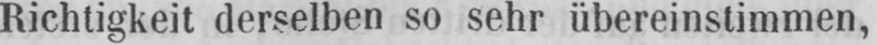
Richtigkeit derselben so sehr übereinstimmen,